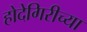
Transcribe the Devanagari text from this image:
होदेगिरीच्या